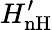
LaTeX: H_{\mathrm{{nH}}}^{\prime}